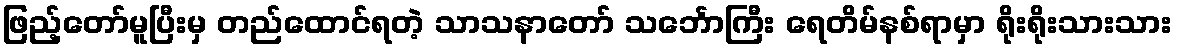
ဖြည့်တော်မူပြီးမှ တည်ထောင်ရတဲ့ သာသနာတော် သင်္ဘောကြီး ရေတိမ်နစ်ရာမှာ ရိုးရိုးသားသား